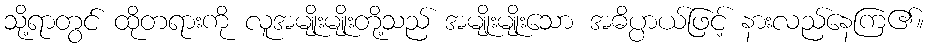
သို့ရာတွင် ထိုတရားကို လူအမျိုးမျိုးတို့သည် အမျိုးမျိုးသော အဓိပ္ပာယ်ဖြင့် နားလည်နေကြ၏။